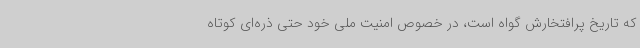
که تاریخ پرافتخارش گواه است، در خصوص امنیت ملی خود حتی ذره‌ای کوتاه